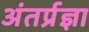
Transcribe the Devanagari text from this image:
अंतर्प्रज्ञा